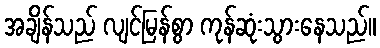
အချိန်သည် လျင်မြန်စွာ ကုန်ဆုံးသွားနေသည်။